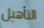
التأهيل